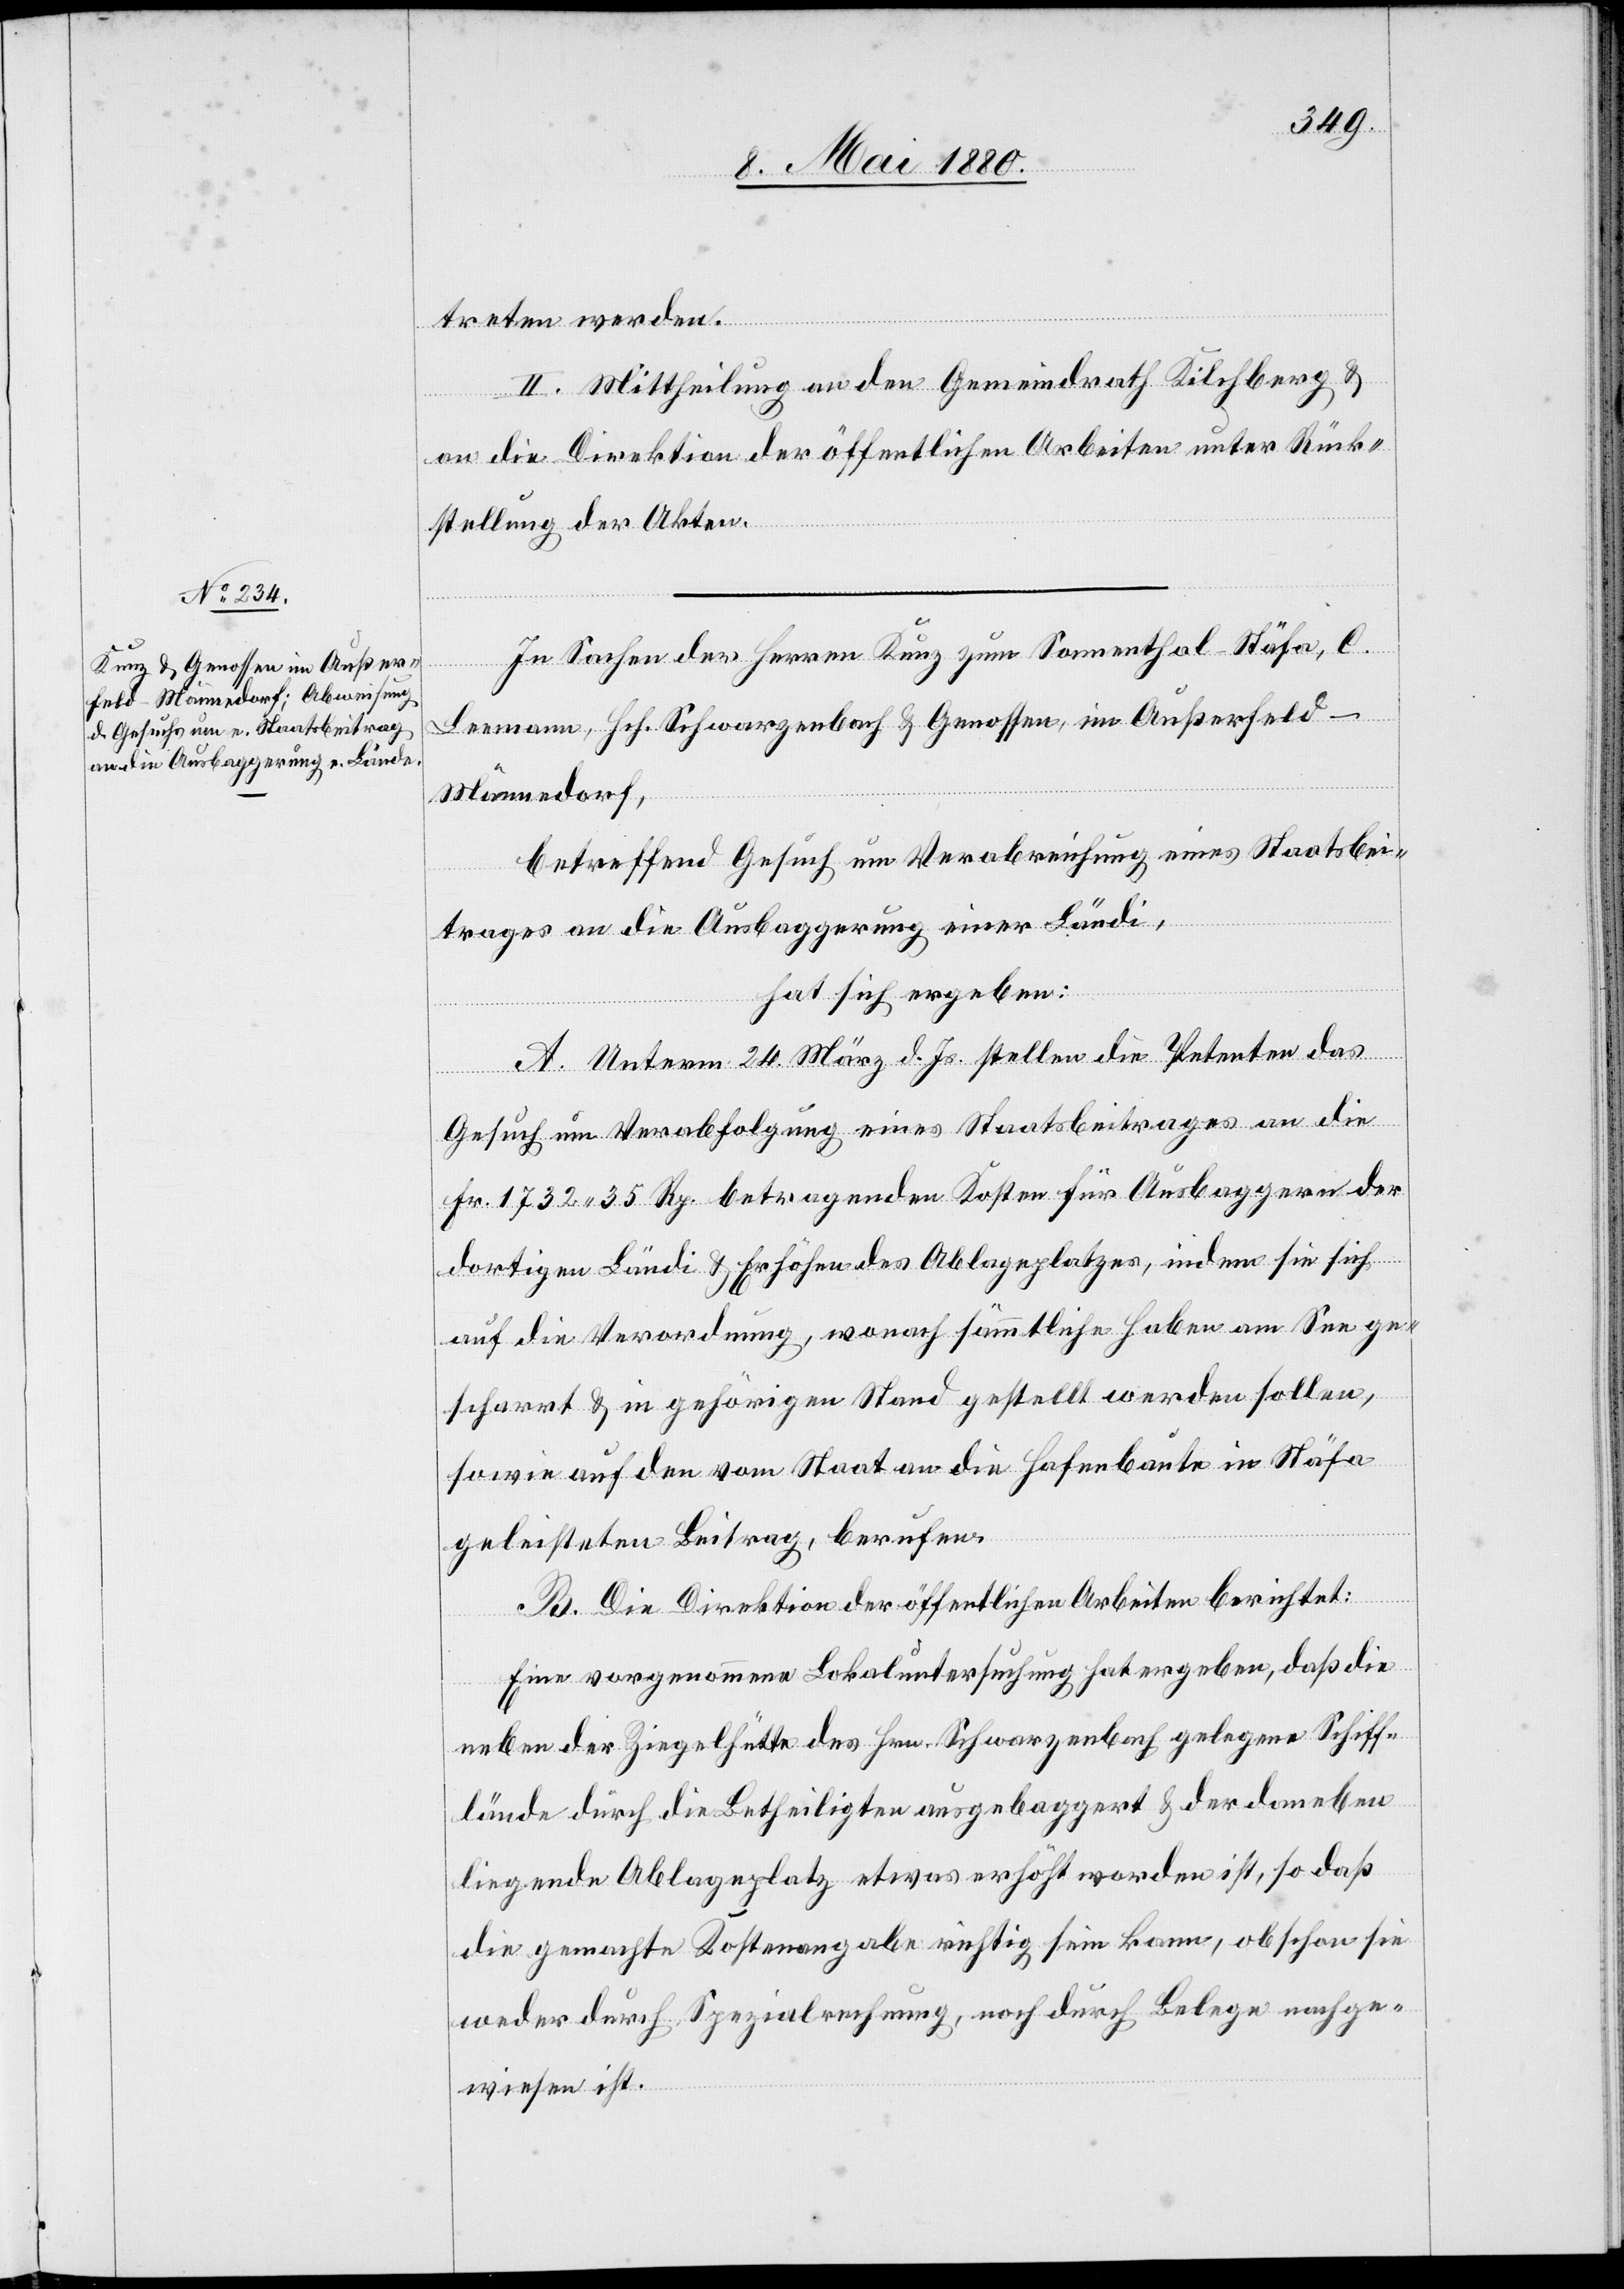
treten werden.
II. Mittheilung an den Gemeindrath Kilchberg &
an die Direktion der öffentlichen Arbeiten unter Rück¬
stellung der Akten.
In Sachen der Herren Kunz zum Sonnenthal - Stäfa, C.
Leemann, Hch. Schwarzenbach & Genossen, im Außerfeld
Männedorf,
betreffend Gesuch um Verabreichung eines Staatsbei¬
trages an die Ausbaggerung einer Ländi
hat sich ergeben:
A. Unterm 24. März d. Js. stellen die Petenten das
Gesuch um Verabreichung eines Staatsbeitrages an die
Fr. 1732. 35 Rp. betragenden Kosten für Ausbaggern der
dortigen Ländi & Erhöhen des Ablageplatzes, indem sie sich
auf die Verordnung, wonach sämmtliche Haben am See ge¬
scharrt & in gehörigen Stand gestellt werden sollen,
sowie auf den vom Staat an die Hafenbauten in Stäfa
geleisteten Beitrage, berufen.
B. Die Direktion der öffentlichen Arbeiten berichtet:
Eine vorgenommene Lokaluntersuchung hat ergeben, daß die
neben der Ziegelhütte des Hrn. Schwarzenbach gelegene Schiff¬
lände durch die Betheiligten ausgebaggert & der daneben
liegende Ablageplatz etwas erhöht worden ist, so daß
die gemachte Kostenangabe richtig sein kann, obschon sie
weder durch Spezialrechnung, noch durch Belege nachge¬
wiesen ist.